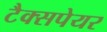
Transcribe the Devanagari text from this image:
टैक्सपेयर